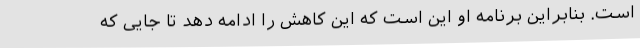
است. بنابراین برنامه او این است که این کاهش را ادامه دهد تا جایی که